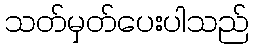
သတ်မှတ်ပေးပါသည်